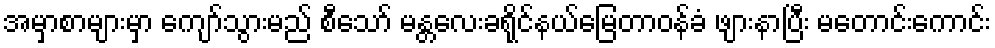
အမှာစာများမှာ ကျော်သွားမည် စီသော် မန္တလေးခရိုင်နယ်မြေတာဝန်ခံ ဖျားနာပြီး မတောင်းကောင်း